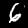
Digit: 6